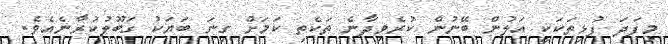
މިފަދަ ފުޅިތަކަކީ އަލުން ބޭނުން ކުރެވިދާނެ ތަކެތި ކަމަށް ގިނަ ބަޔަކު ގަބޫލުކުރާނެއެވެ.